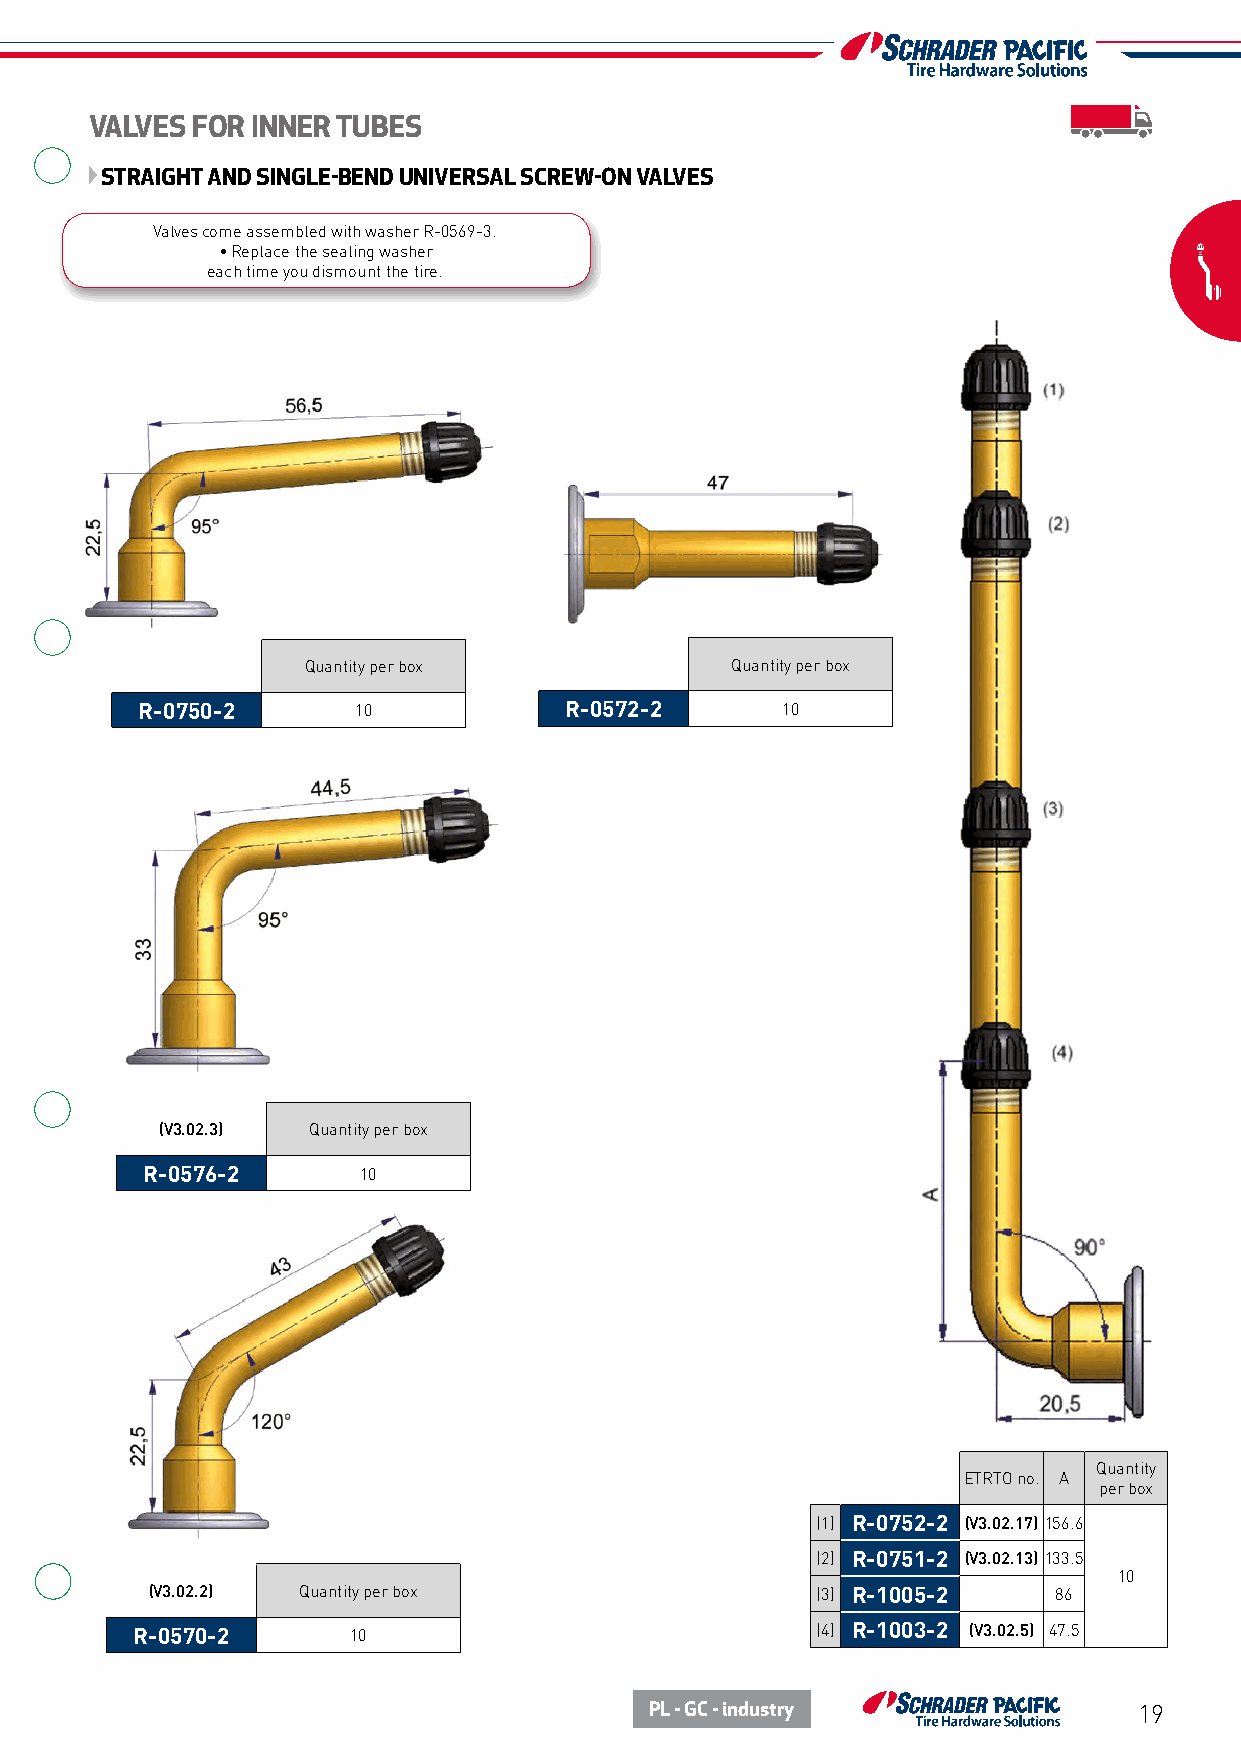
VALVES FOR INNER TUBES
 STRAIGHT AND SINGLE-BEND UNIVERSAL SCREW-ON VALVES
 Valves come assembled with washer R-0569-3.
 • Replace the sealing washer
 each time you dismount the tire.
 Quantity per box            Quantity per box
 R-0750-2      10            R-0572-2       10
 (V3.02.3) Quantity per box
 R-0576-2       10
 Quantity
 ETRTO no. A
 per box
 (1) R-0752-2 (V3.02.17) 156.6
 (2) R-0751-2 (V3.02.13) 133.5
 10
 (V3.02.2) Quantity per box                  (3) R-1005-2    86
 R-0570-2      10                             (4) R-1003-2 (V3.02.5) 47.5
 PL - GC - industry              19